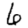
Digit: 6